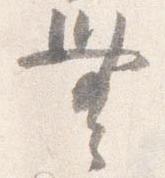
無